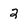
Character: 2